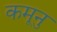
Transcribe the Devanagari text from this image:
कमूनु